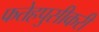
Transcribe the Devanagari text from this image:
फतेहपुसीकरी